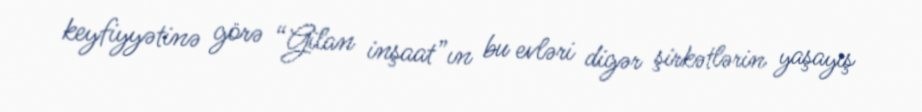
keyfiyyətinə görə “Gilan inşaat”ın bu evləri digər şirkətlərin yaşayış